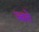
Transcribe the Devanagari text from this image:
ज्बले